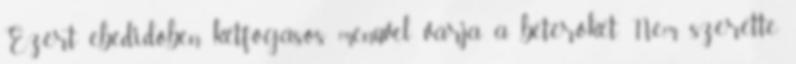
Ezért ebédidőben kétfogásos menüvel várja a betérőket. Nem szerette